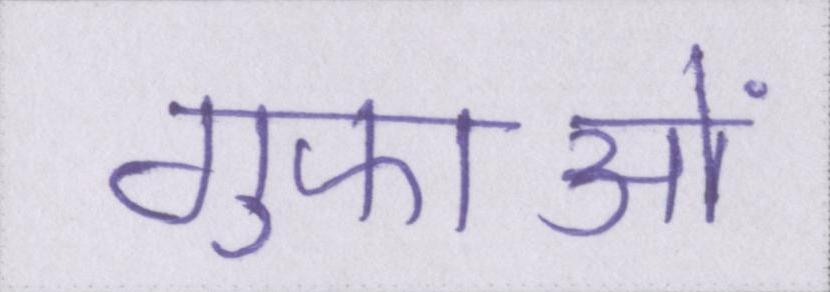
गुफाओं